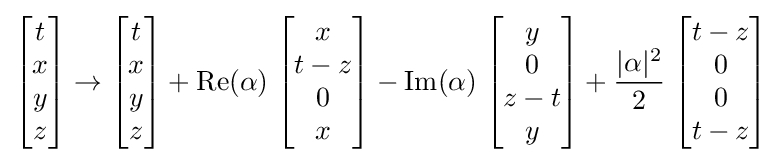
{\begin{bmatrix}t\\x\\y\\z\end{bmatrix}}\rightarrow {\begin{bmatrix}t\\x\\y\\z\end{bmatrix}}+\operatorname {Re} (\alpha )\;{\begin{bmatrix}x\\t-z\\0\\x\end{bmatrix}}-\operatorname {Im} (\alpha )\;{\begin{bmatrix}y\\0\\z-t\\y\end{bmatrix}}+{\frac {\vert \alpha \vert ^{2}}{2}}\;{\begin{bmatrix}t-z\\0\\0\\t-z\end{bmatrix}}